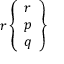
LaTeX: r \left\{ { \begin{array} { l } { r } \\ { p } \\ { q } \end{array} } \right\}